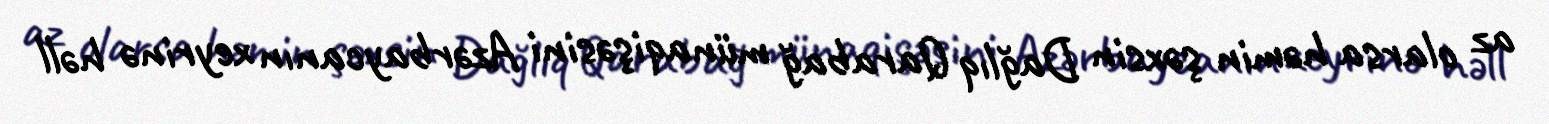
az olarsa həmin şəxsin Dağlıq Qarabağ münaqişəsini Azərbaycanın xeyrinə həll